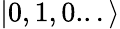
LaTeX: |0,1,0...\rangle